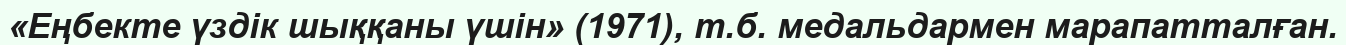
«Еңбекте үздік шыққаны үшін» (1971), т.б. медальдармен марапатталған.